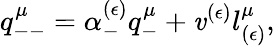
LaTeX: q_{--}^{\mu}=\alpha_{-}^{(\epsilon)}q_{-}^{\mu}+\mathit{v}^{(\epsilon)}l_{(\epsilon)}^{\mu},